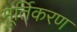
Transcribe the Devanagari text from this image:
मूर्तिकरण